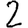
Digit: 2